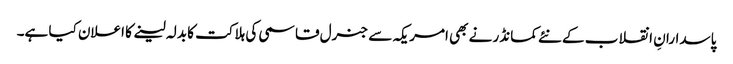
پاسدارانِ انقلاب کے نئے کمانڈر نے بھی امریکہ سے جنرل قاسمی کی ہلاکت کا بدلہ لینے کا اعلان کیا ہے۔